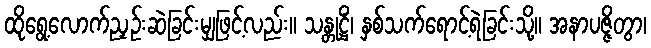
ထိုရွေ့လောက်ညှဉ်းဆဲခြင်းမျှဖြင့်လည်း။ သန္တုဋ္ဌိံ၊ နှစ်သက်ရောင့်ရဲခြင်းသို့။ အနာပဇ္ဇိတွာ၊